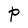
Character: P